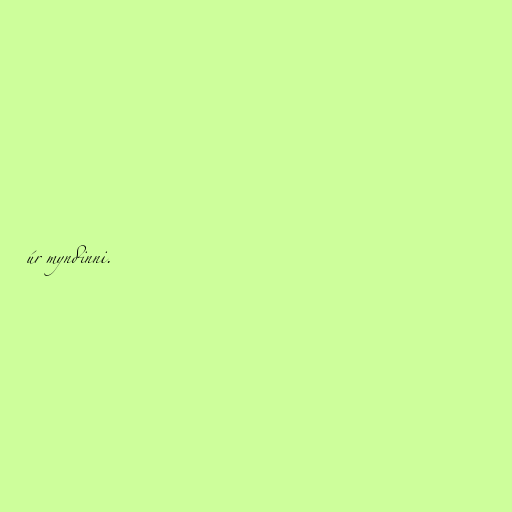
úr myndinni.